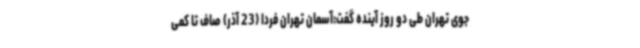
جوی تهران طی دو روز آینده گفت:آسمان تهران فردا (23 آذر) صاف تا کمی